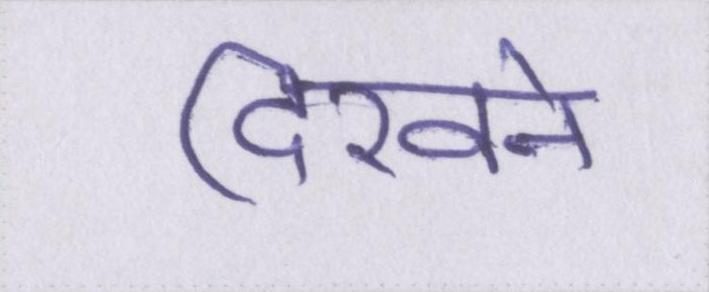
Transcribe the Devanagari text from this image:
दिखने